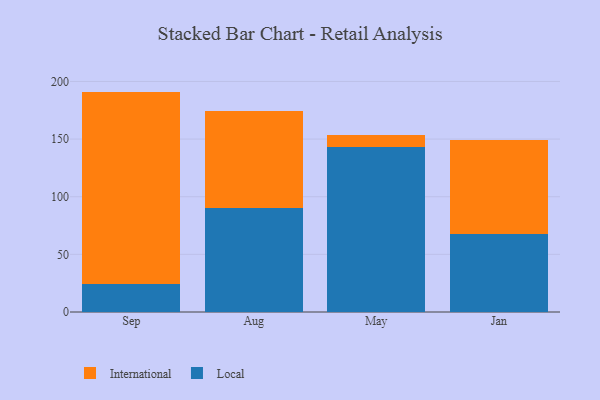
{"axis": {"x": "Month", "y": "Headcount"}, "legend": ["International", "Local"], "data": [{"x": "Sep", "y": 24.6, "type": "Local"}, {"x": "Sep", "y": 166.6, "type": "International"}, {"x": "Aug", "y": 90.0, "type": "Local"}, {"x": "Aug", "y": 84.1, "type": "International"}, {"x": "May", "y": 143.5, "type": "Local"}, {"x": "May", "y": 10.0, "type": "International"}, {"x": "Jan", "y": 67.7, "type": "Local"}, {"x": "Jan", "y": 81.6, "type": "International"}]}